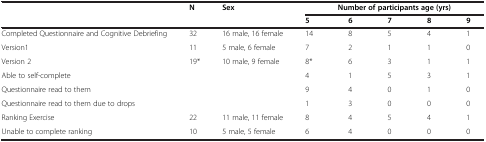
|  | N | Sex | <COLSPAN=5> Number of participants age (yrs) |
 |  |  |  | 5 | 6 | 7 | 8 | 9 |
 | --- | --- | --- | --- | --- | --- | --- | --- |
 | Completed Questionnaire and Cognitive Debriefing | 32 | 16 male, 16 female | 14 | 8 | 5 | 4 | 1 |
 | Version1 | 11 | 5 male, 6 female | 7 | 2 | 1 | 1 | 0 |
 | Version 2 | 19* | 10 male, 9 female | 8* | 6 | 3 | 1 | 1 |
 | Able to self-complete |  |  | 4 | 1 | 5 | 3 | 1 |
 | Questionnaire read to them |  |  | 9 | 4 | 0 | 1 | 0 |
 | Questionnaire read to them due to drops |  |  | 1 | 3 | 0 | 0 | 0 |
 | Ranking Exercise | 22 | 11 male, 11 female | 8 | 4 | 5 | 4 | 1 |
 | Unable to complete ranking | 10 | 5 male, 5 female | 6 | 4 | 0 | 0 | 0 |